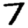
Digit: 7